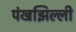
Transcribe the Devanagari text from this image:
पंखझिल्ली